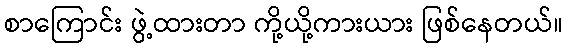
စာကြောင်း ဖွဲ့ထားတာ ကို့ယို့ကားယား ဖြစ်နေတယ်။